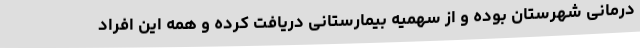
درمانی شهرستان بوده و از سهمیه بیمارستانی دریافت کرده و همه این افراد